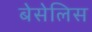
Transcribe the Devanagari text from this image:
बेसेलिस